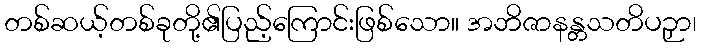
တစ်ဆယ့်တစ်ခုတို့၏ပြည့်ကြောင်းဖြစ်သော။ အဘိဇာနန္တသတိပဉှာ၊